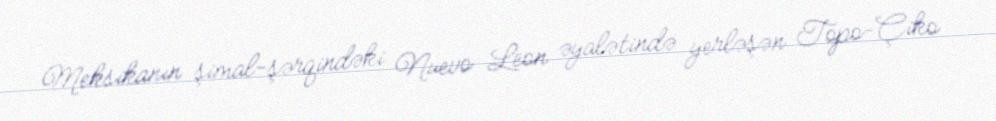
Meksikanın şimal-şərqindəki Nuevo Leon əyalətində yerləşən Topo-Çiko